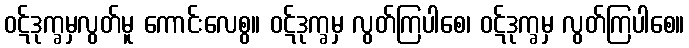
ဝဋ်ဒုက္ခမှလွတ်မူ ကောင်းလေစွ။ ဝဋ်ဒုက္ခမှ လွတ်ကြပါစေ၊ ဝဋ်ဒုက္ခမှ လွတ်ကြပါစေ။